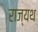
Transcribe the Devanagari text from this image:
राज्यथ